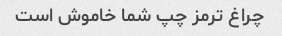
چراغ ترمز چپ شما خاموش است